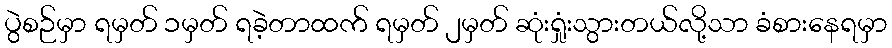
ပွဲစဉ်မှာ ရမှတ် ၁မှတ် ရခဲ့တာထက် ရမှတ် ၂မှတ် ဆုံးရှုံးသွားတယ်လို့သာ ခံစားနေရမှာ